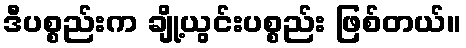
ဒီပစ္စည်းက ချို့ယွင်းပစ္စည်း ဖြစ်တယ်။